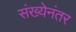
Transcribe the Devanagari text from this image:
संख्येनंतर